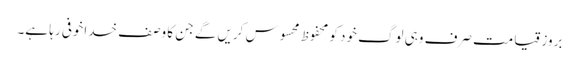
بروز قیامت صرف وہی لوگ خود کو محفوظ محسوس کریں گے جن کا وصف خداخوفی رہا ہے۔